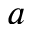
a